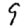
Digit: 9